Riigikantselei, lk 370
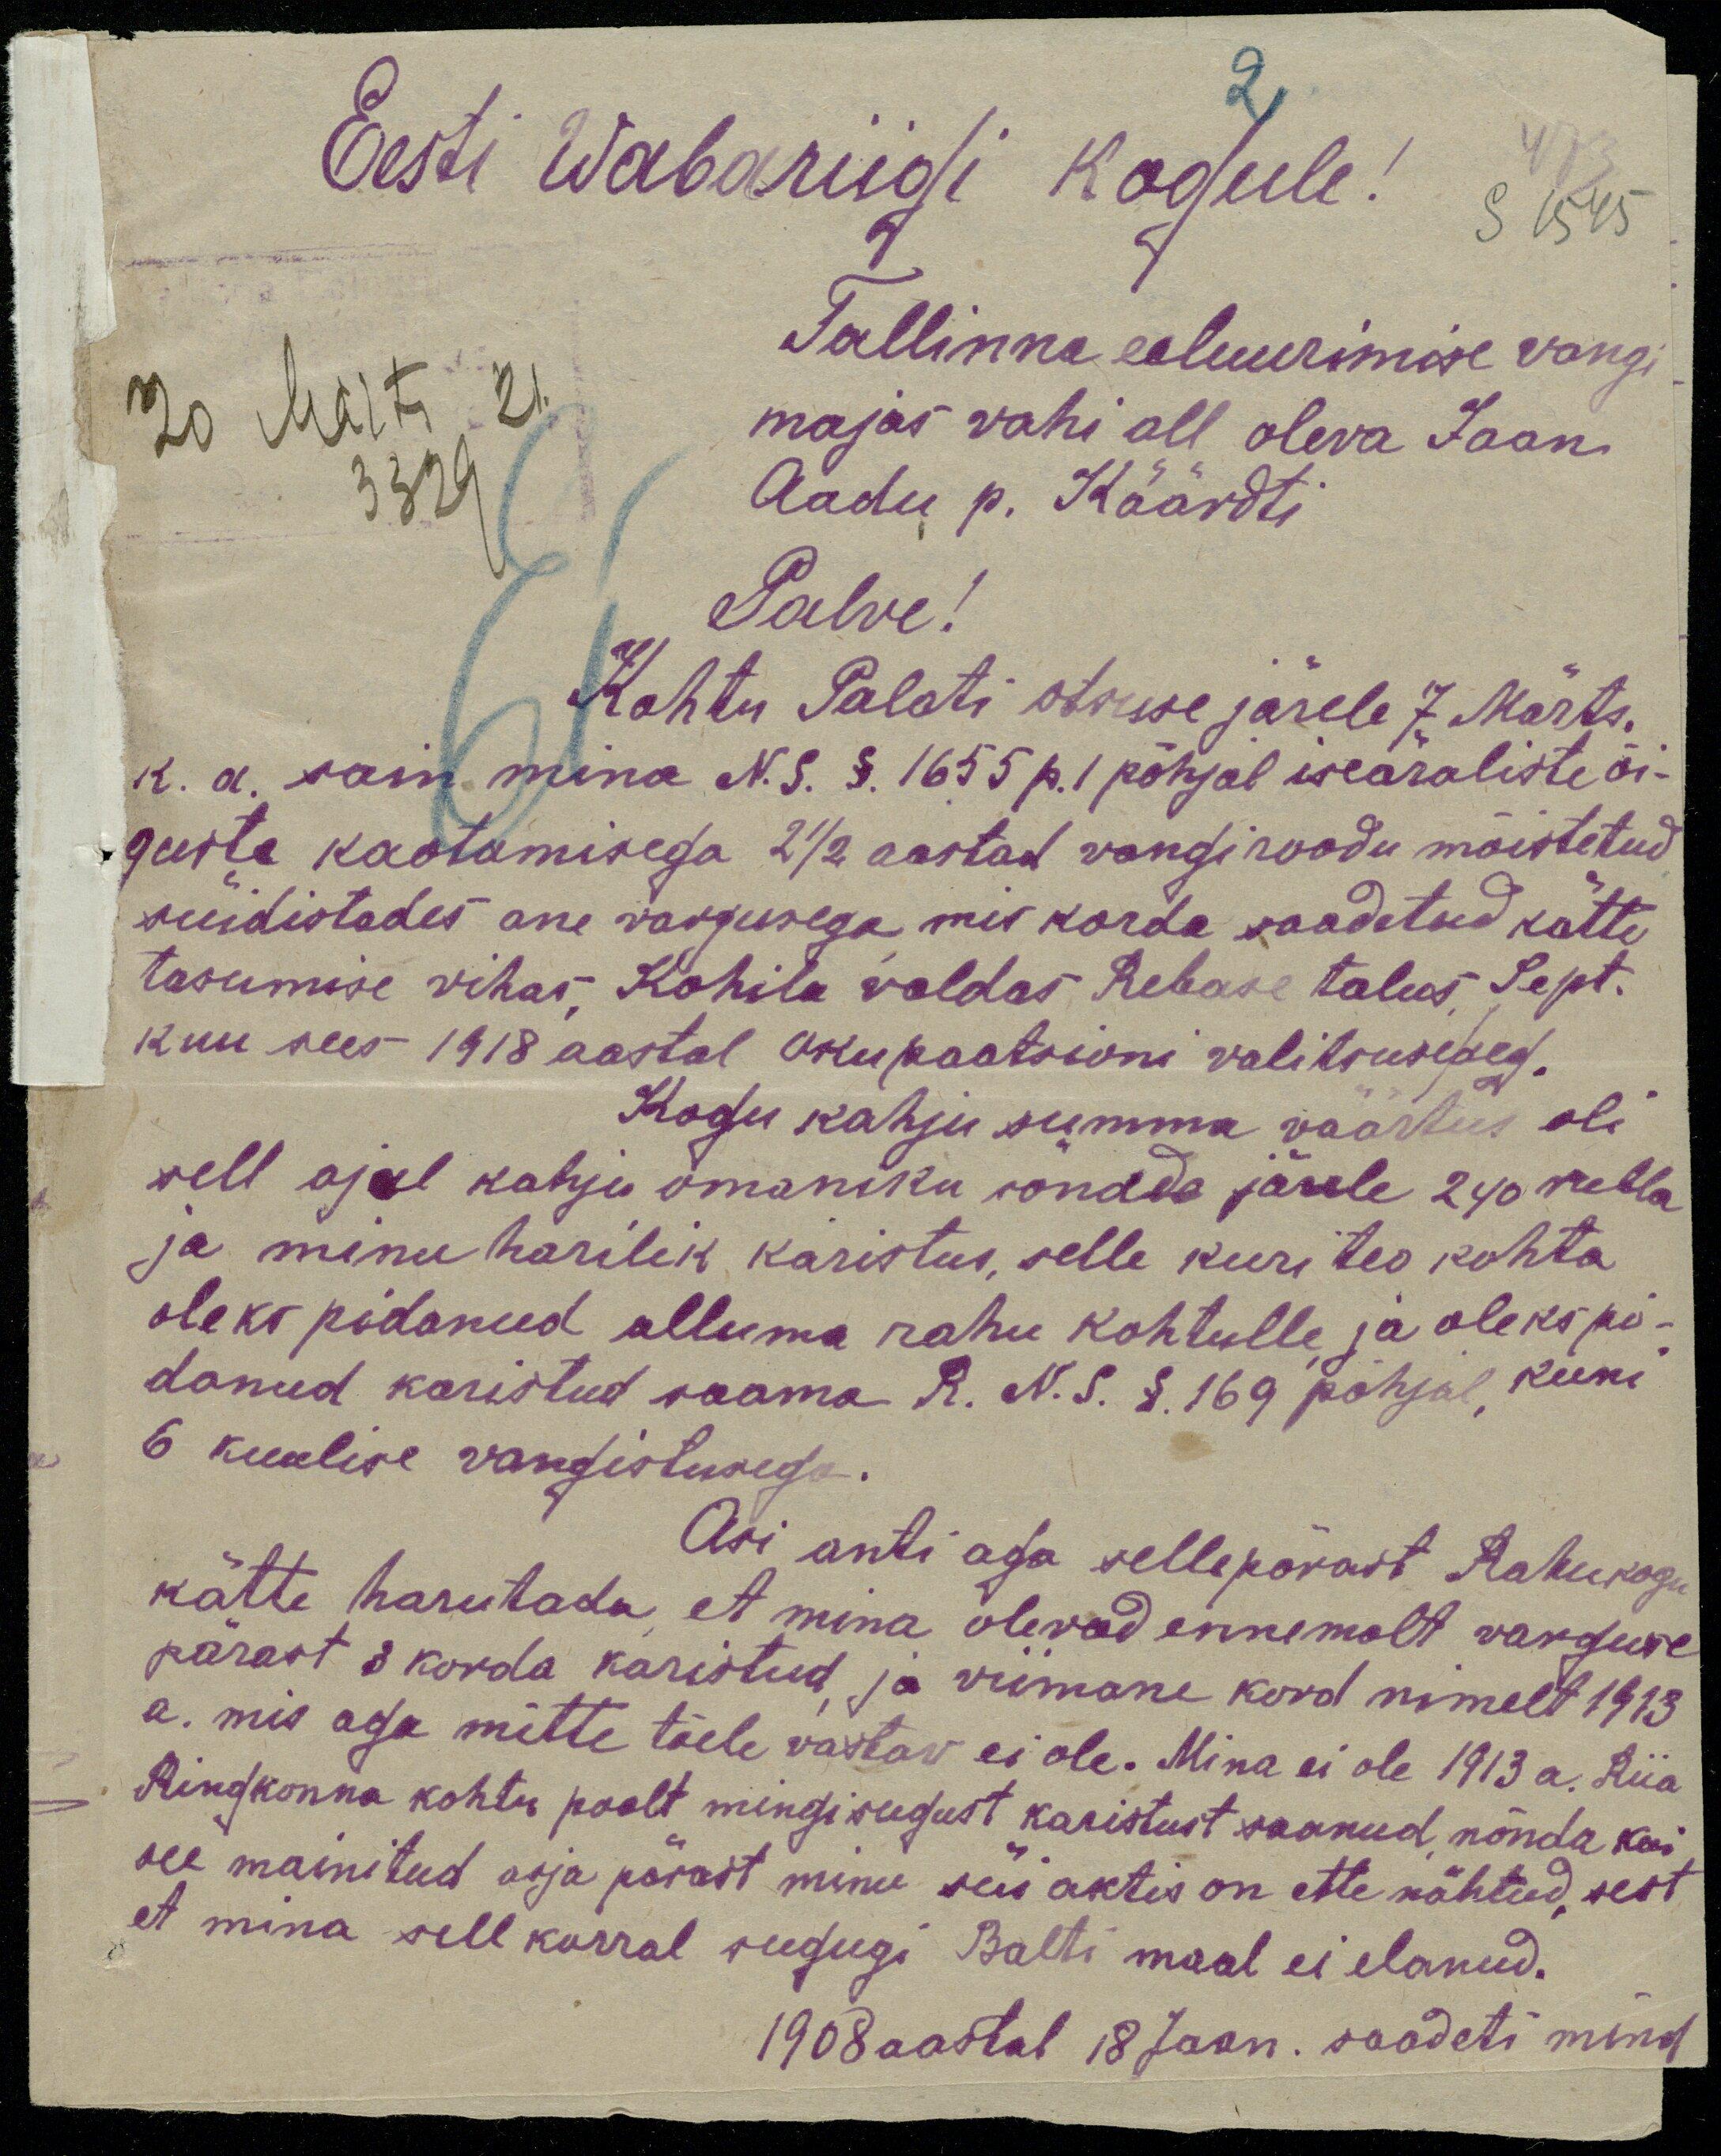
Eesti Wabariigi kogule!
Tallinna eluurimise vangi-
20 Märts 21.
majas vahi all oleva Jaan
3329
Aadu p. Käärdti
Palve!
Kohtu Palati otsuse järele 7. Märts.
k. a. sain mina N.S. §. 1655 p. I põhjal iseäraliste õi-
guste kaotamisega 2 1/2 aastad vangi roodu mõistetud
süüdistades ane vargusega mis korda saadetud kätte
tasumise vihas Kohila valdas Rebase talus, Sept.
kuu sees 1918 aastal okupaatsioni valitsuseaeg.
Kogu kahju summa väärtus oli
sell ajal kahju omaniku sõnade järele 240 rubla
ja minu harilik karistus, selle kuri teo kohta
oleks pidanud alluma rahu kohtulle ja oleks pi-
danud karistud saama R. N. S. §. 169 põhjal, kuni
6 kuulise vangistusega.
Asi anti aga sellepärast Rahukogu
kätte harutada, et mina olevad ennemalt warguse
pärast 3 korda karistud, ja viimane kord nimelt 1913
a. mis aga mitte tõele vastav ei ole. Mina ei ole 1913 a. Riia
Ringkonna kohtu poolt mingisugust karistust saanud nõnda kui
see mainitud asja pärast minu süi aktis on ette nähtud, sest
et mina sell korral sugugi Balti maal ei elanud.
1908 aastal 18 jaan. saadeti mind